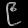
Digit: ၉